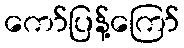
ကော်ပြန့်ကြော်